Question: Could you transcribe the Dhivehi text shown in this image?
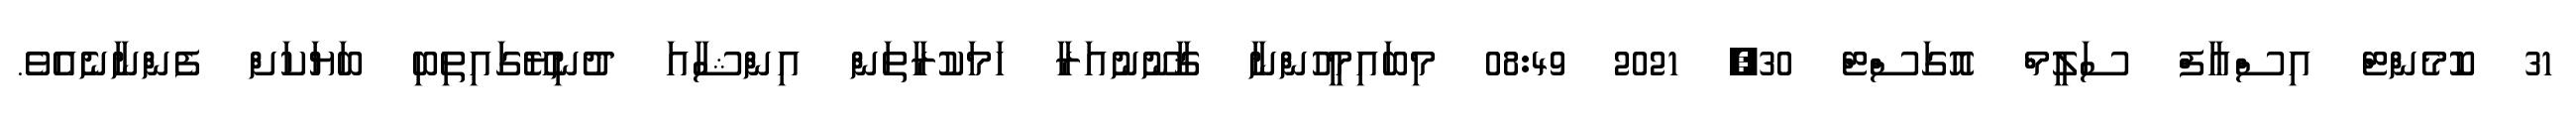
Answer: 31 ކޮމެންޓް އިސްޢާފް ސަލީމް އޮގަސްޓް 30, 2021 08:49 މިބައިމީހުންނާ ޤާނޫނުއަރާ ހަމަކުރާތަން އިންޝާއަ ދުނިޔޭގައިތިބި ބަޔަކަށް ފެންނާނެއެވެ.